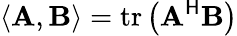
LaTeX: \langle\mathbf{A},\mathbf{B}\rangle=\operatorname{tr}\left(\mathbf{A}^{\mathsf{H}}\mathbf{B}\right)